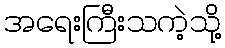
အရေးကြီးသကဲ့သို့